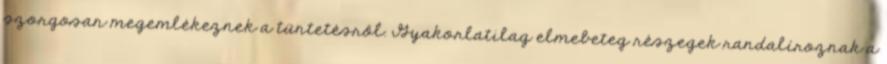
szorgosan megemlékeznek a tüntetésről. Gyakorlatilag elmebeteg részegek randalíroznak a